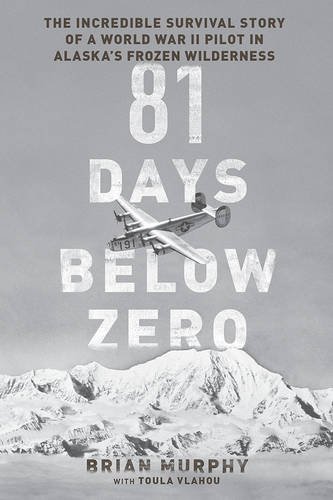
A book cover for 81 Days Below Zero: The Incredible Survival Story of a World War II Pilot in Alaska's Frozen Wilderness; Brian Murphy; Biographies & Memoirs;